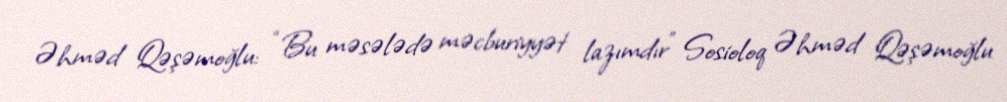
Əhməd Qəşəmoğlu: “Bu məsələdə məcburiyyət lazımdır” Sosioloq Əhməd Qəşəmoğlu